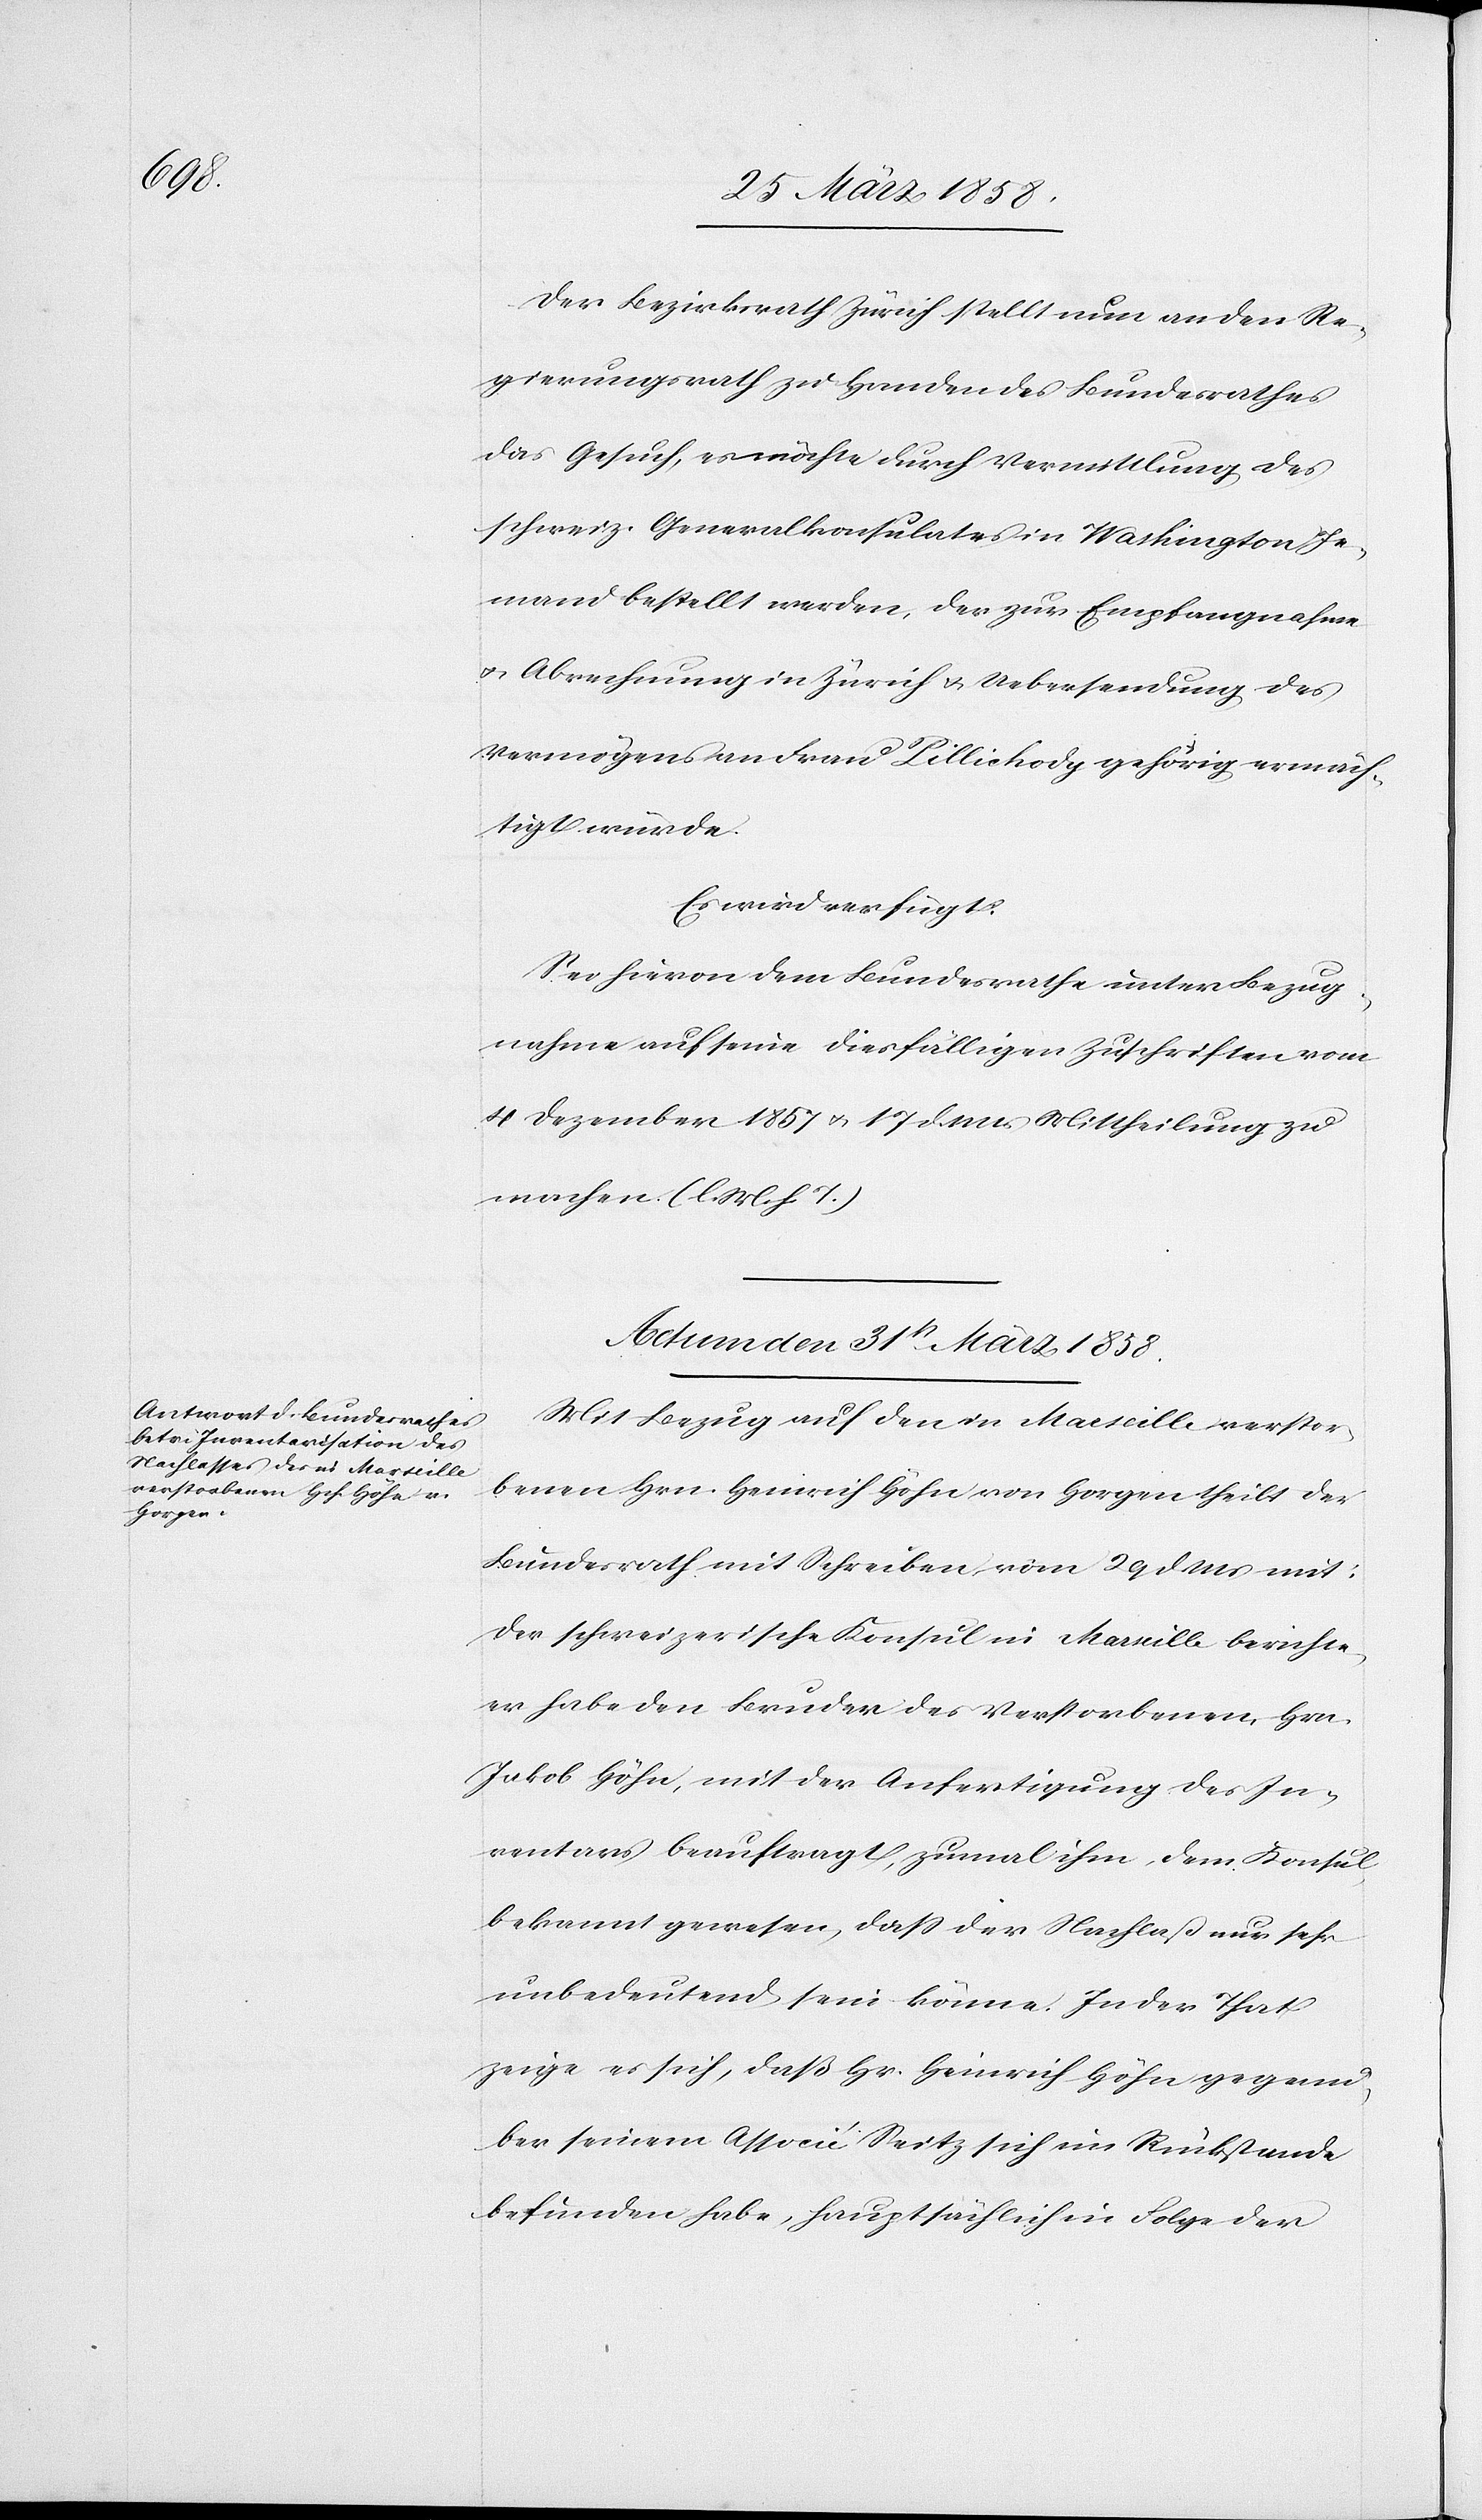
Der Bezirksrath Zürich stellt nun an den Re¬
gierungsrath zu Handen des Bundesrathes
das Gesuch, es möchte durch Vermittlung des
schweiz. Generalkonsulates in Washington Je¬
mand bestellt werden, der zur Empfangnahme
u. Abrechnung in Zürich u. Uebersendung des
Vermögens an Frau Pillichody gehörig ermäch¬
tigt würde.
Es wird verfügt:
Sei hievon dem Bundesrathe unter Bezug¬
nahme auf seine diesfälligen Zuschriften vom
4. Dezember 1857 u. 17. d. Mts. Mittheilung zu
machen. (l. M. h. T.)
Actum den 31st März 1858.
Mit Bezug auf den in Marseille verstor¬
benen Hrn. Heinrich Höhn von Horgen theilt der
Bundesrath mit Schreiben vom 29. d. Ms. mit:
der schweizerische Konsul in Marseille berichte,
er habe den Bruder des Verstorbenen, Hrn.
Jakob Höhn, mit der Anfertigung des In¬
ventars beauftragt, zumal ihm, dem Konsul
bekannt gewesen, daß der Nachlaß nur sehr
unbedeutend sein könne. In der That
zeige es sich, daß Hr. Heinrich Höhn gegenü¬
ber seinem Associi Seitz sich im Rückstande
befunden habe, hauptsächlich in Folge der